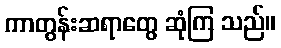
ကာတွန်းဆရာတွေ ဆုံကြ သည်။